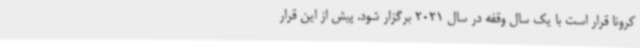
کرونا قرار است با یک سال وقفه در سال 2021 برگزار شود. پیش از این قرار